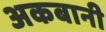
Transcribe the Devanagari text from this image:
अकबानी